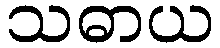
သဓာယ